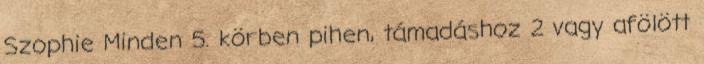
Szophie Minden 5. körben pihen, támadáshoz 2 vagy afölött